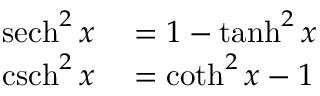
\begin{array} { r l } { \operatorname { s e c h } ^ { 2 } x } & { { } = 1 - \operatorname { t a n h } ^ { 2 } x } \\ { \operatorname { c s c h } ^ { 2 } x } & { { } = \coth ^ { 2 } x - 1 } \end{array}